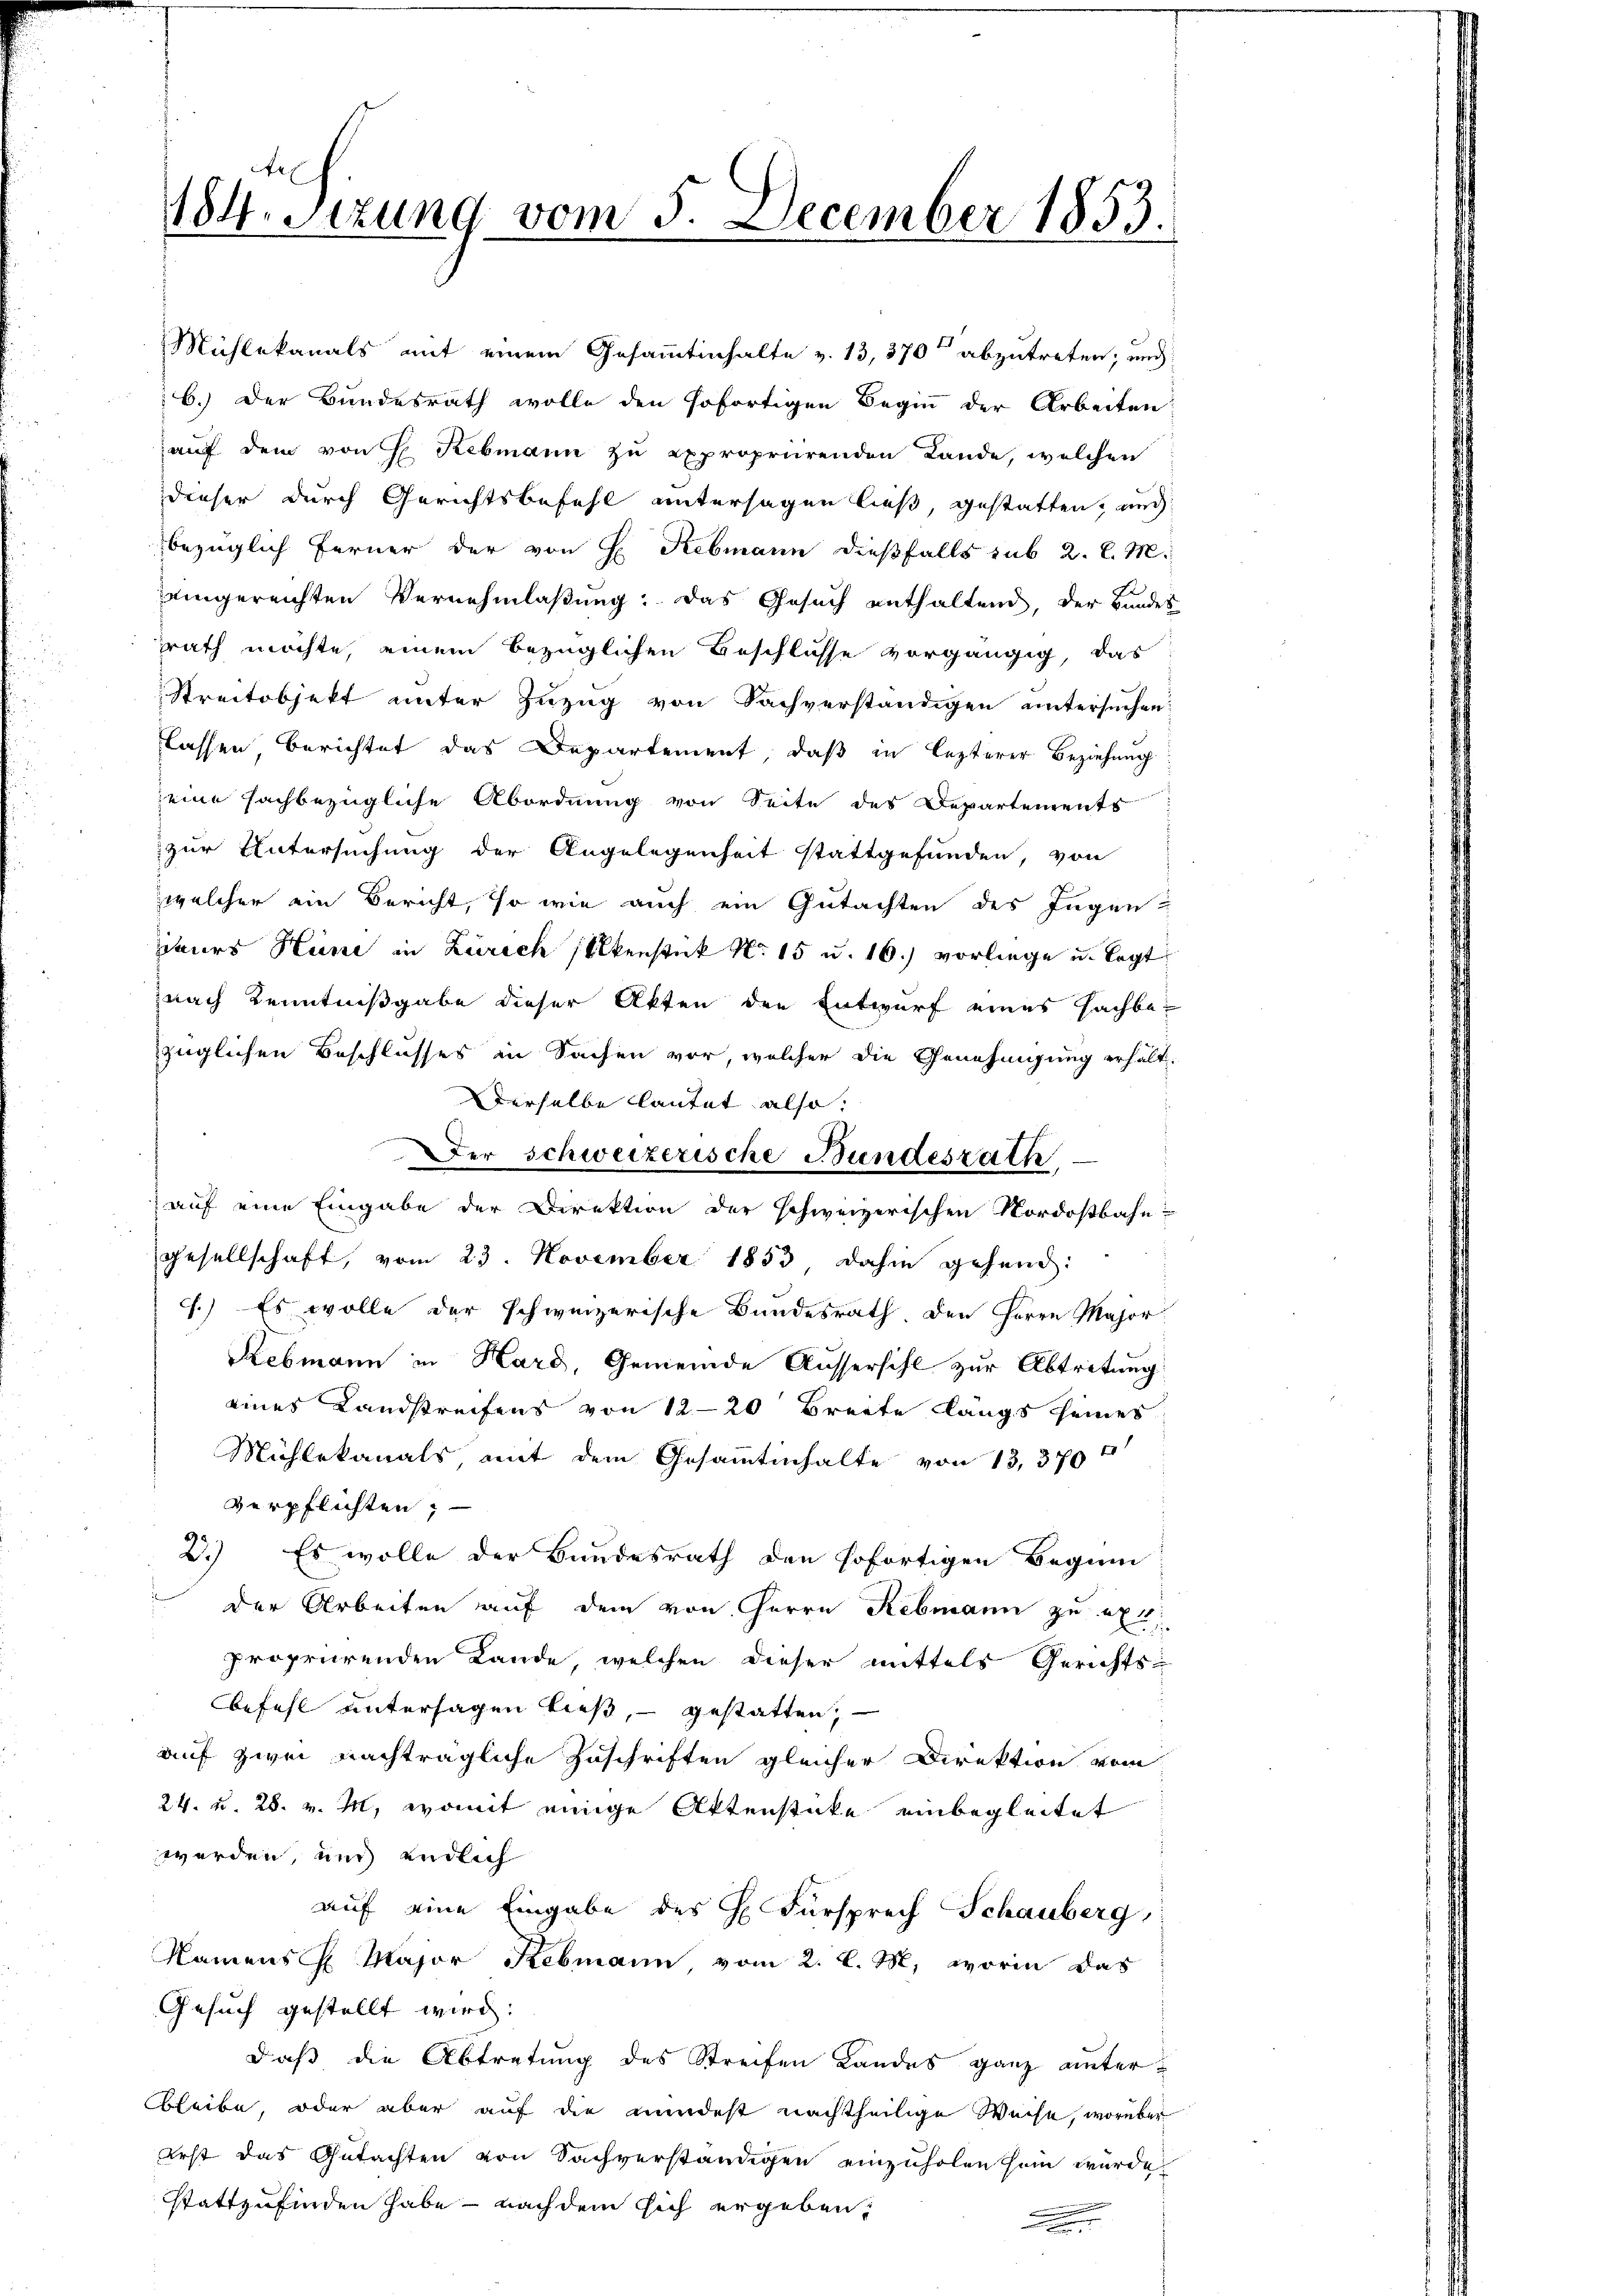
bezüglich ferner der von H. Rebmann dießfalls sub 2. l. M.
eingereichten Vernehmlaßung: Das Gesuch enthaltend, der Bundes
rath möchte, einem bezüglichen Beschlusse vorgängig, das
Streitobjekt unter Zuzug von Sachverständigen untersuchen
lassen, berichtet das Departement, daß in lezterer Beziehung
eine sachbezügliche Abordnung von Seite des Departements
zur Untersuchung der Angelegenheit stattgefunden, von
welcher ein Bericht, so wie auch ein Gutachten des Ingen
Zibers Heine in Zürich selkenstück No. 15 u. 16.) vorliege u. legt
znach Kenntnißgabe dieser Akten den Entwurf eines Fachbezüglichen Beschlusses in Sachen vor, welcher die Genehmigung erhält-
Derselbe lautet also:
Der Schweizerische Bundesrath
auf eine Eingabe der Direktion der schweizerischen Nordostbahn
gesellschaft, vom 23. November 1853 dahin gehend:
7.) Es wolle der schweizerische Bundesrath den Herrn Major
Rebmann in Hard, Gemeinde Aussersihl zur Abtretung
eines Landstreifens von 12-20 Breite längs seines
Mühlekanals mit dem Gesammtinhalte von 13, 370 f
verpflichten; —
2.) Es wolle der Bundesrath den sofortigen Beginn
der Arbeiten auf dem von Herrn Rebmann zu ert
propriirenden Lande, welchen dieser mittels Gerichts-
befehl untersagen ließ, gestatten,
auf zwei nachträgliche Zuschriften gleicher Direktion vom
24. u. 28. v. M., womit einige Aktenstüke einbegleitet
werden, und endlich
auf eine Eingabe des H. Fürsprech Schauberg,
Namens H. Major Rebmann, vom 2. l. M., worin das
Gesuch gestellt wird.
daß die Abtretung des Streifen Landes ganz unterbleibe, oder aber auf die mindest nachtheilige Weise, worüber
erst das Gutachten von Sachverständigen einzuholen sein würde.
stattzufinden habe - nach dem sich ergeben,
.

184. Sitzung vom 5. December 1853.

Mühlekanals mit einem Gesammtinhalte v. 13, 370 abzutreten; und
6.) Der Bundesrath wolle den sofortigen Begin der Arbeiten:
auf dem von H. Rebmann zu expropriirenden Lande, welchen
dieser durch Gerichtsbefehl untersagen ließ, gestatten, und